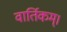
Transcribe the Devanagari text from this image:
वार्तिकम्।